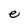
Character: e